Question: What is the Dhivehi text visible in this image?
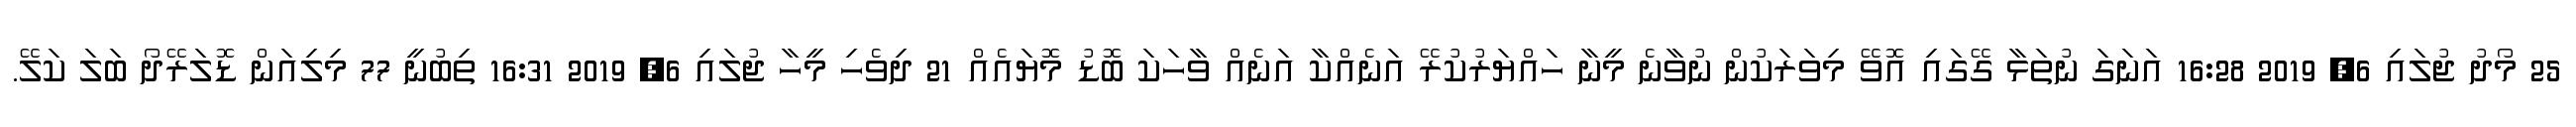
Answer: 25 މޯދު ޖުލައި 6, 2019 16:28 އަނަގަ ނުތަޅާ ގޭގައި އޮވޭ މިވަރަކުން ނުވާނެ މީނާ ހައްޔަރުކުރޭ އަނެއްކާ އަނެއް ވާހަކަ ބޮޑު މޮޔައެއް 21 ދިވެހި މީހާ ޖުލައި 6, 2019 16:31 ތިބުނީ 77 މިލިއަން ޑޮލަރޭދޯ ބަލަ ކަލޭ.